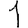
Digit: 1